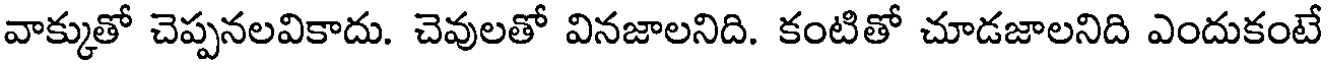
వాక్కుతో చెప్పనలవికాదు. చెవులతో వినజాలనిది. కంటితో చూడజాలనిది ఎందుకంటే